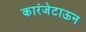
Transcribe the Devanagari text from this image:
कारंजेटाऊन